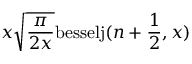
x \sqrt { \frac { \pi } { 2 x } } \mathrm { b e s s e l j } ( n + \frac { 1 } { 2 } , x )